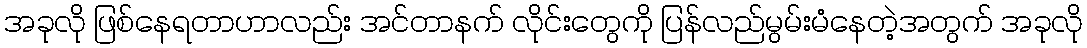
အခုလို ဖြစ်နေရတာဟာလည်း အင်တာနက် လိုင်းတွေကို ပြန်လည်မွမ်းမံနေတဲ့အတွက် အခုလို